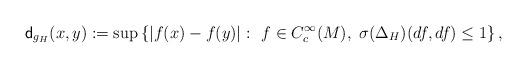
LaTeX: \begin{align*} \mathsf{d}_{g_H}(x,y) := \sup \left\{|f(x) - f(y)| \, \colon \ f \in C_c^\infty(M),\ \sigma(\Delta_{H})(df, df) \leq 1 \right\},\end{align*}